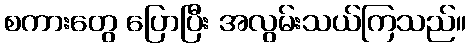
စကားတွေ ပြောပြီး အလွမ်းသယ်ကြသည်။